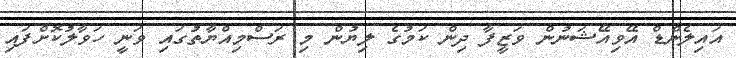
އައިލެންޑް އޭވިއޭޝަނުން ވަޒީފާ ދިން ކަމުގެ ލިޔުން މި ރަސްމިއްޔާތުގައި ވަނީ ހަވާލުކޮށްފައި